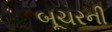
બૂચરની